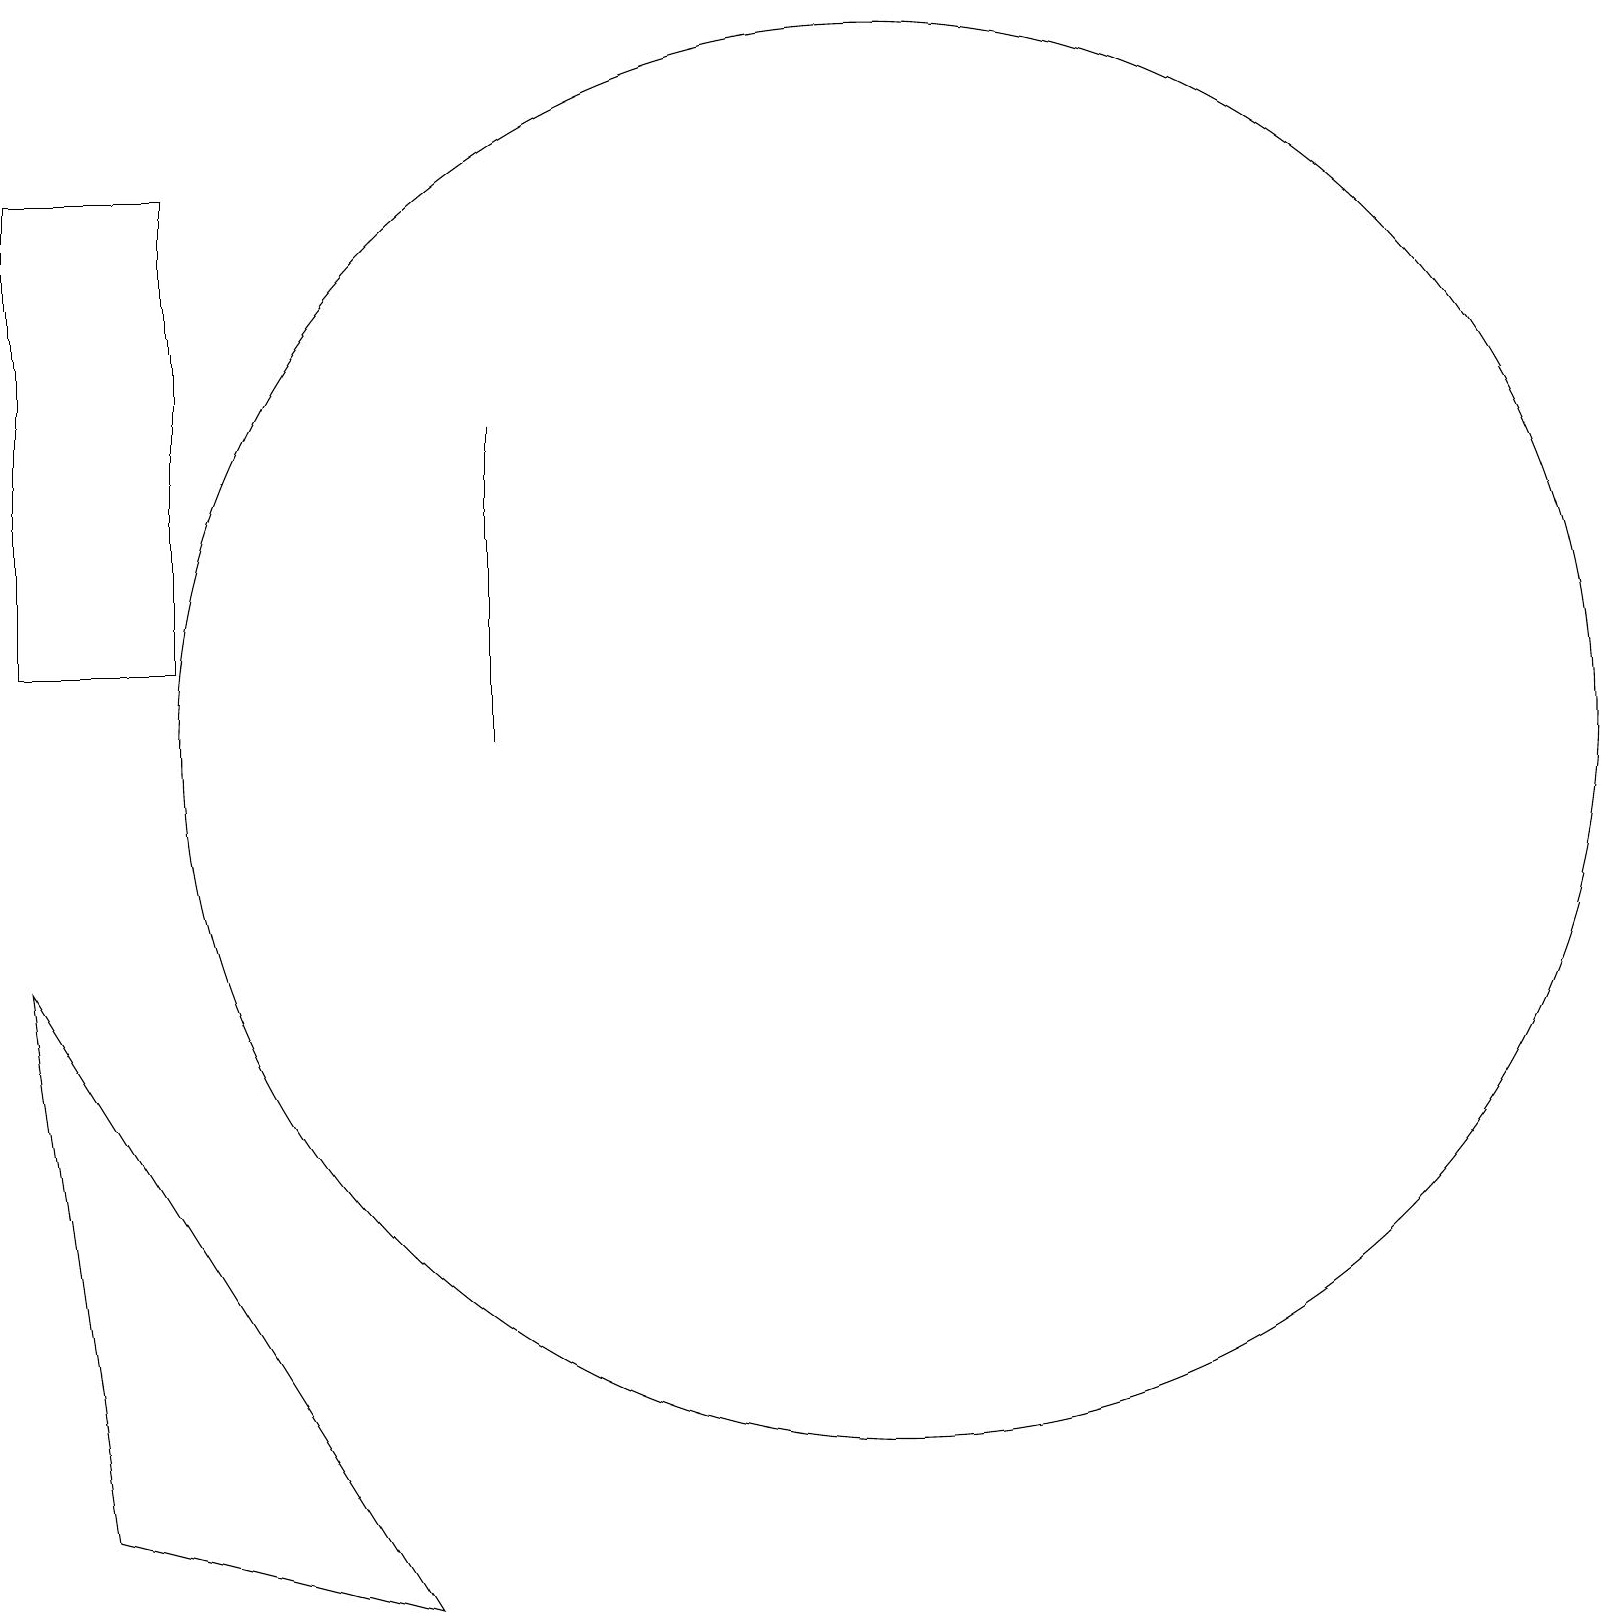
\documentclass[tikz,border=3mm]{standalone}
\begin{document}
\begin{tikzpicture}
\draw (6,11) rectangle (6,15);
\draw (5,0) -- (1,1) -- (0,8) -- cycle;
\draw (11,11) circle (9);
\draw (2,12) rectangle (0,18);
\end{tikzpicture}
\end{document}